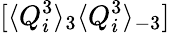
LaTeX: [\langle Q_{i}^{3}\rangle_{3}\langle Q_{i}^{3}\rangle_{-3}]